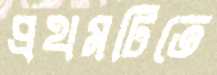
প্রথমটিতে